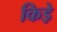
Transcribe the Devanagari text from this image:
किडे़